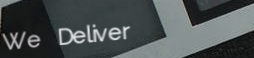
We Deliver